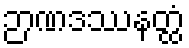
ဉာဏဒဿနတ္ထံ